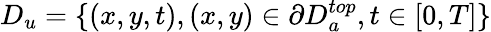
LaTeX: D_{u}=\{ (x,y,t),(x,y)\in\partial D_{a}^{top},t\in[0,T]\}